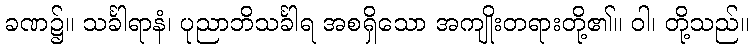
ခဏ၌။ သင်္ခါရာနံ၊ ပုညာဘိသင်္ခါရ အစရှိသော အကျိုးတရားတို့၏။ ဝါ၊ တို့သည်။